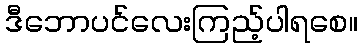
ဒီဘောပင်လေးကြည့်ပါရစေ။